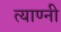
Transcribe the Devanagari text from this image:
त्याण्नी